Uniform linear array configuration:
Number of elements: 12
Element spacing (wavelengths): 0.75
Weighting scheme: hamming
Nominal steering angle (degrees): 60
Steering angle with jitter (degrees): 58.913
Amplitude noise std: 0.05
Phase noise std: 0.05

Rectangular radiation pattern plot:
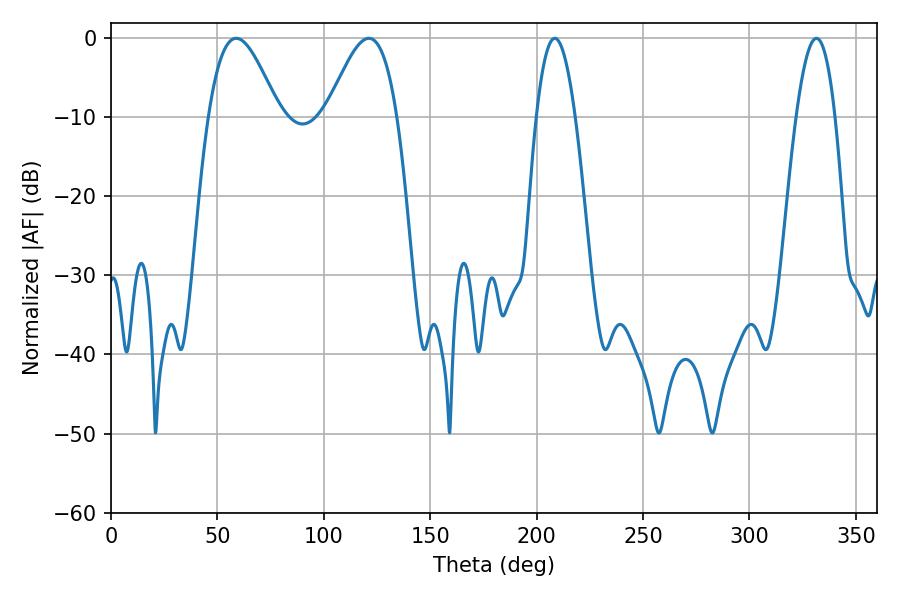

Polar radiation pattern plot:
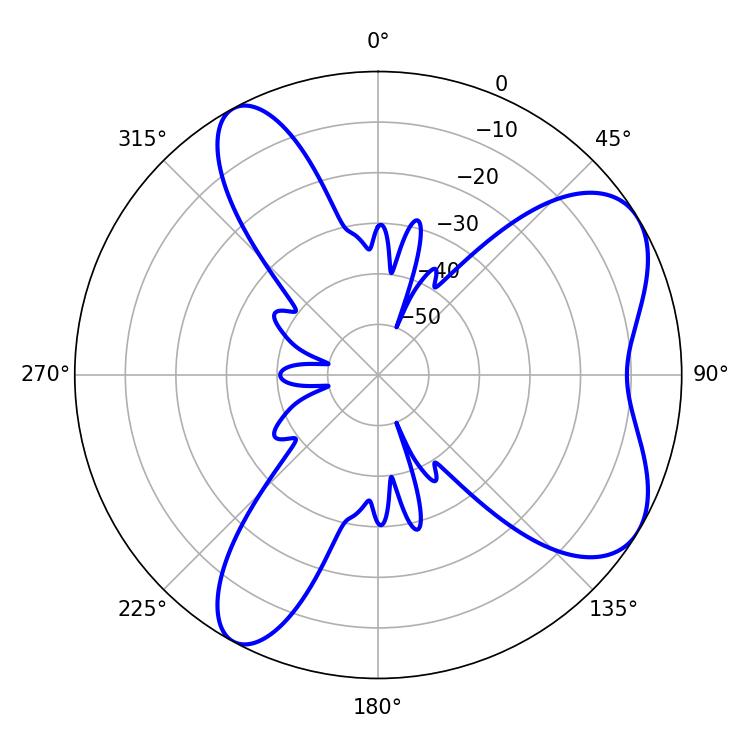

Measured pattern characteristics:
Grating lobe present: TRUE
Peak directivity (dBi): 6.638
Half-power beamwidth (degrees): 17.82
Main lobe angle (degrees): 58.86